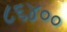
૮૬૪૦૦